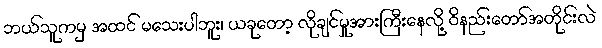
ဘယ်သူကမှ အထင် မသေးပါဘူး၊ ယခုတော့ လိုချင်မှုအားကြီးနေလို့ ဝိနည်းတော်အတိုင်းလဲ